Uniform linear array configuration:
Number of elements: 16
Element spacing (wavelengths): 0.5
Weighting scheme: cosine
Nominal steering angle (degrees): -60
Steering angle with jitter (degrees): -58.889
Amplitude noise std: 0.05
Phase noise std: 0.05

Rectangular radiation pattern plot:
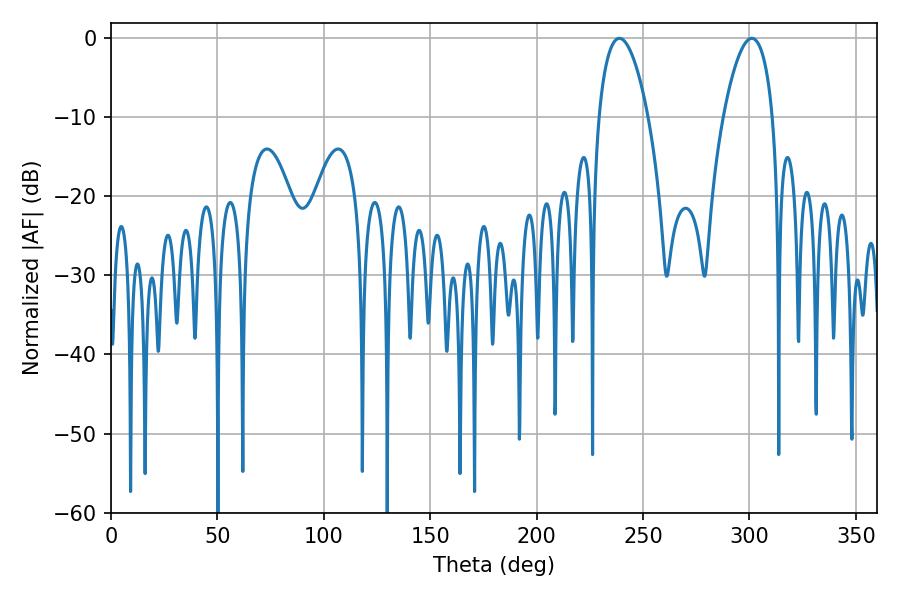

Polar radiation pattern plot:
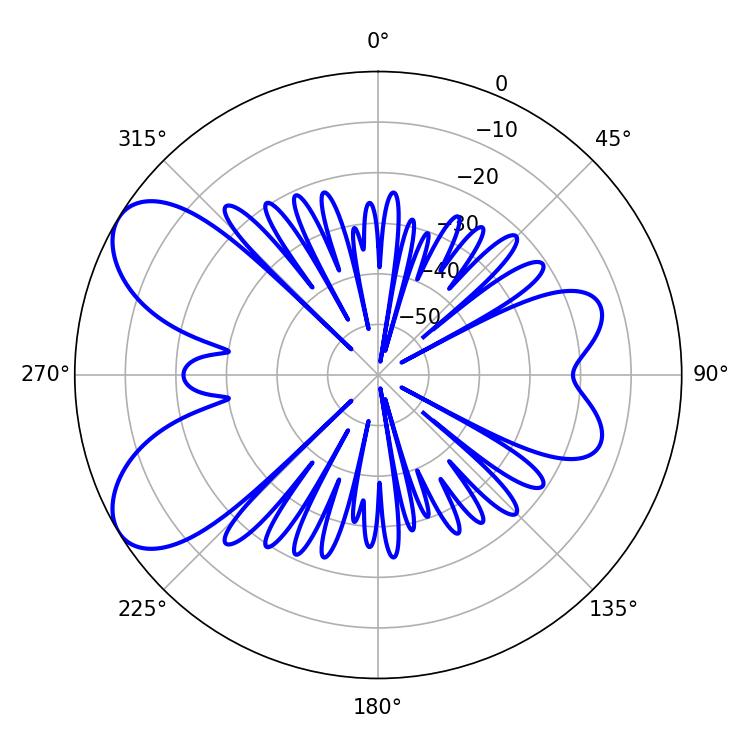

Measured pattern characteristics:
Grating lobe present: FALSE
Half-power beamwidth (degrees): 12.96
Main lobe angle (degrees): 238.86